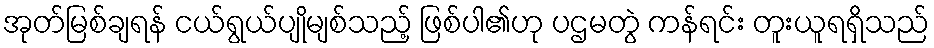
အုတ်မြစ်ချရန် ငယ်ရွယ်ပျိုမျစ်သည့် ဖြစ်ပါ၏ဟု ပဌမတွဲ ကန်ရင်း တူးယူရရှိသည်